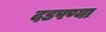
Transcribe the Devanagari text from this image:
दडपण्या